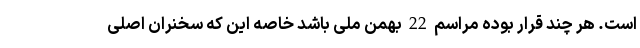
است. هر چند قرار بوده مراسم 22 بهمن ملی باشد خاصه این که سخنران اصلی